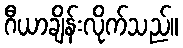
ဂီယာချိန်းလိုက်သည်။